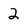
Character: 2